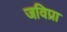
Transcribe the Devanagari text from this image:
जविप्रा